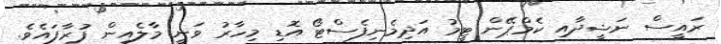
ރައީސް ނަޝީދާއި ކެމްޕޭން ޓީމު އަދިމެނިފެސްޓޯ އޮޑި މިހާރު ވަނީ މާލެއިން ފުރާފައެވެ.